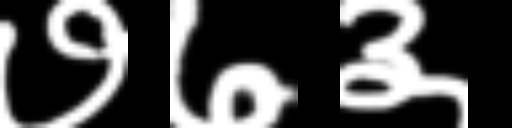
Text: ७७३